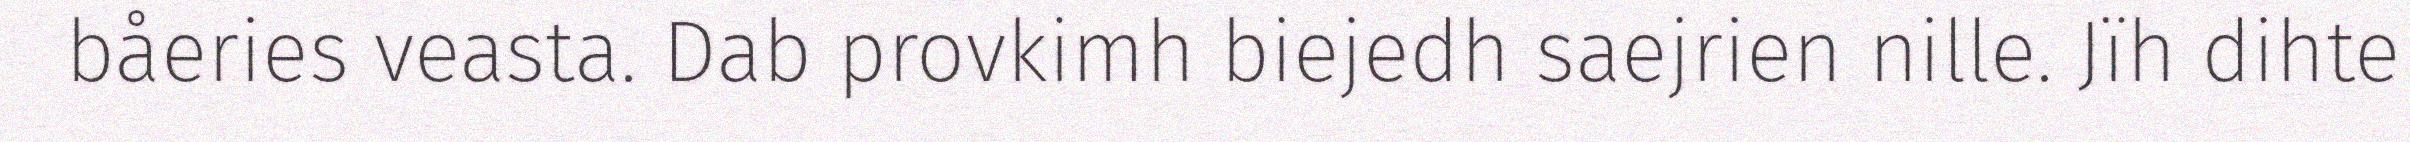
båeries veasta. Dab provkimh biejedh saejrien nille. Jïh dihte